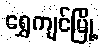
ရွှေကျင်မြို့